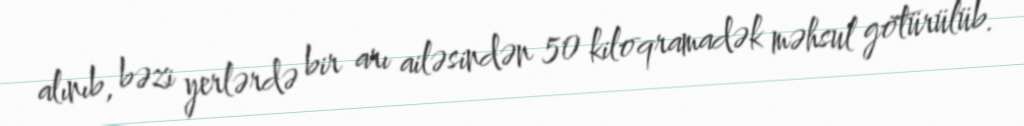
alınıb, bəzi yerlərdə bir arı ailəsindən 50 kiloqramadək məhsul götürülüb.